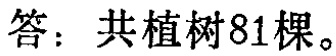
答：共植树81棵。